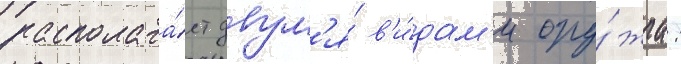
располага́ет двум'я́ в'и́дам'и ору́жиа: